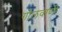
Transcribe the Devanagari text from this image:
गोलवाणी